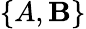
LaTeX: \{ A,\mathbf{B}\}